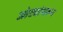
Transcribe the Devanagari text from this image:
ओट्यांवरून